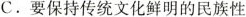
C. 要保持传统文化鲜明的民族性